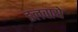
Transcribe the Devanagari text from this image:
डलवाये